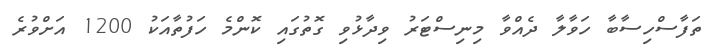
ތަފާސްހިސާބާ ހަވާލާ ދެއްވާ މިނިސްޓަރު ވިދާޅުވި ގޮތުގައި ކޮންމެ ހަފުތާއަކު 1200 އަށްވުރެ